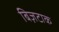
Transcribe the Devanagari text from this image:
बिज़टाक